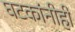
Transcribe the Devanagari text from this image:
घटकांनीही